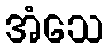
အံသေ